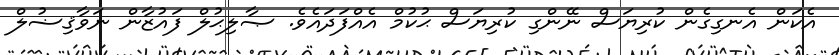
އެކަން އެނގިގެން ކުރިޔަސް ނޭންގި ކުރިޔަސް ޙުކުމް އެއްފަދައެވެ. ޞާލިޙުލް ފައުޒާން ނަވާޤިޟުލް